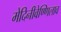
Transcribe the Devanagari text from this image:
मेदिनीवेण्णिलाव